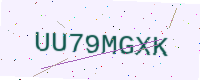
Text: UU79MGXK